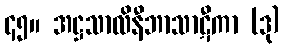
၄၅။ အဋ္ဌသာလိနီဘာသာဋီကာ (ဒု)